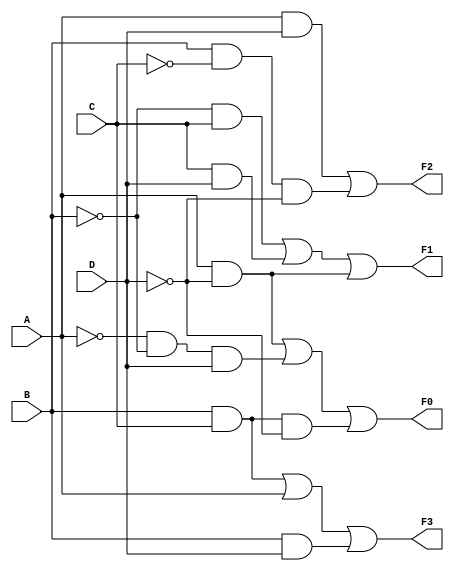
module Bloque_convertidor(
   input A,B,C,D,
   output F3,F2,F1,F0
    );
    assign F3=(B&&C)||(A)||(B&&D);
    assign F2=(A&&D)||(B&&~C&&~D);
    assign F1=(~B&&C)||(C&&D)||(A&&~D);
    assign F0=(A&&~D)||(~A&&~B&&D)||(B&&C&&~D);
    
endmodule